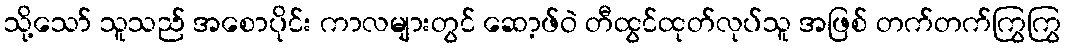
သို့သော် သူသည် အစောပိုင်း ကာလများတွင် ဆော့ဖ်ဝဲ တီထွင်ထုတ်လုပ်သူ အဖြစ် တက်တက်ကြွကြွ